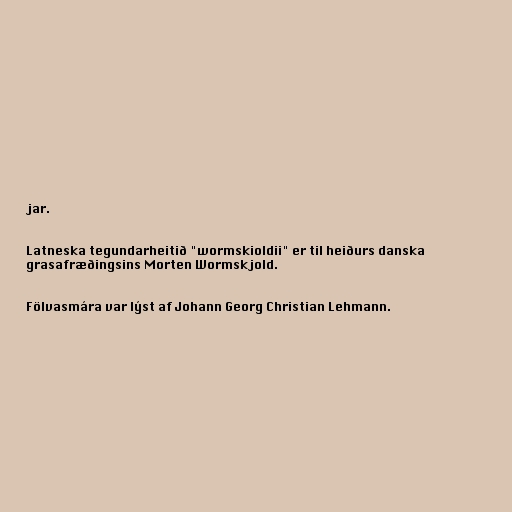
jar.

Latneska tegundarheitið "wormskioldii" er til heiðurs danska
grasafræðingsins Morten Wormskjold.

Fölvasmára var lýst af Johann Georg Christian Lehmann.